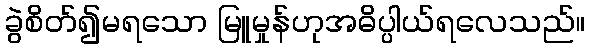
ခွဲစိတ်၍မရသော မြူမှုန်ဟုအဓိပ္ပါယ်ရလေသည်။